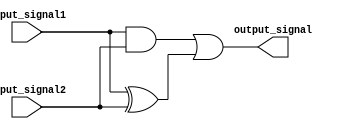
module generate_function (
    input wire input_signal1,
    input wire input_signal2,
    output wire output_signal
);

assign output_signal = (input_signal1 & input_signal2) | (input_signal1 ^ input_signal2);

endmodule